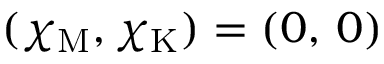
( \chi _ { \mathrm { M } } , \chi _ { \mathrm { K } } ) = ( 0 , \, 0 )